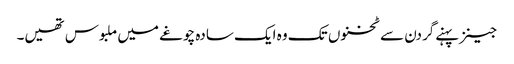
جینز پہنےگردن سے ٹخنوں تک وہ ایک سادہ چوغے میں ملبوس تھیں۔